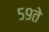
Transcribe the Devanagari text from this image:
५९ते